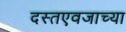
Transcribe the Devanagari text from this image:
दस्तएवजाच्या